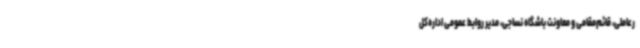
رعاملی، قائم‌مقامی و معاونت باشگاه نساجی، مدیر روابط عمومی اداره‌کل